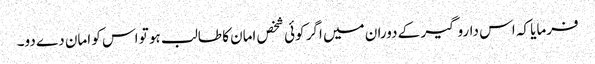
فرمایا کہ اس داروگیر کے دوران میں اگر کوئی شخص امان کا طالب ہو تو اس کو امان دے دو۔